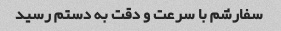
سفارشم با سرعت و دقت به دستم رسید